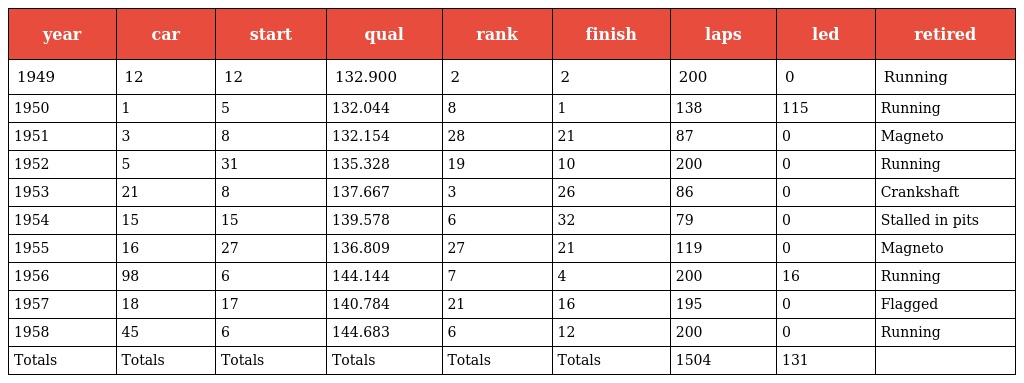
| year | car | start | qual | rank | finish | laps | led | retired |
 | --- | --- | --- | --- | --- | --- | --- | --- | --- |
 | 1949 | 12 | 12 | 132.900 | 2 | 2 | 200 | 0 | Running |
 | 1950 | 1 | 5 | 132.044 | 8 | 1 | 138 | 115 | Running |
 | 1951 | 3 | 8 | 132.154 | 28 | 21 | 87 | 0 | Magneto |
 | 1952 | 5 | 31 | 135.328 | 19 | 10 | 200 | 0 | Running |
 | 1953 | 21 | 8 | 137.667 | 3 | 26 | 86 | 0 | Crankshaft |
 | 1954 | 15 | 15 | 139.578 | 6 | 32 | 79 | 0 | Stalled in pits |
 | 1955 | 16 | 27 | 136.809 | 27 | 21 | 119 | 0 | Magneto |
 | 1956 | 98 | 6 | 144.144 | 7 | 4 | 200 | 16 | Running |
 | 1957 | 18 | 17 | 140.784 | 21 | 16 | 195 | 0 | Flagged |
 | 1958 | 45 | 6 | 144.683 | 6 | 12 | 200 | 0 | Running |
 | Totals | Totals | Totals | Totals | Totals | Totals | 1504 | 131 |  |